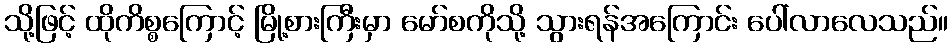
သို့ဖြင့် ထိုကိစ္စကြောင့် မြို့စားကြီးမှာ မော်စကိုသို့ သွားရန်အကြောင်း ပေါ်လာလေသည်။